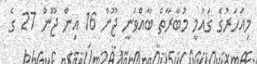
މިއަހަރުގެ ގައުމީ މުބާރާތް ބާއްވަނީ ޖޫން 16 އިން ޖޫން 27 ގެ